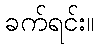
ခက်ရင်း။